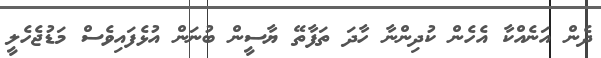
ދެން އަނެއްކާ އެހެން ކުދިންނާ ހާދަ ތަފާތޭ ޔާސީން ބުނަން އުޅެފައިވެސް މަޑުޖެހެލީ